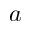
a